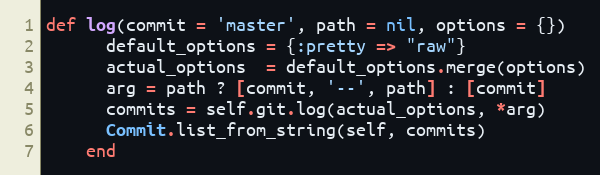
Language: Ruby
def log(commit = 'master', path = nil, options = {})
      default_options = {:pretty => "raw"}
      actual_options  = default_options.merge(options)
      arg = path ? [commit, '--', path] : [commit]
      commits = self.git.log(actual_options, *arg)
      Commit.list_from_string(self, commits)
    end